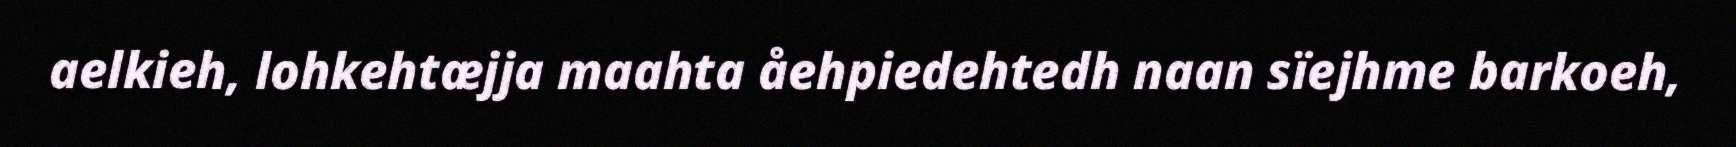
aelkieh, lohkehtæjja maahta åehpiedehtedh naan sïejhme barkoeh,